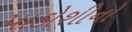
પાડોશીનો